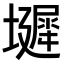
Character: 𪤞